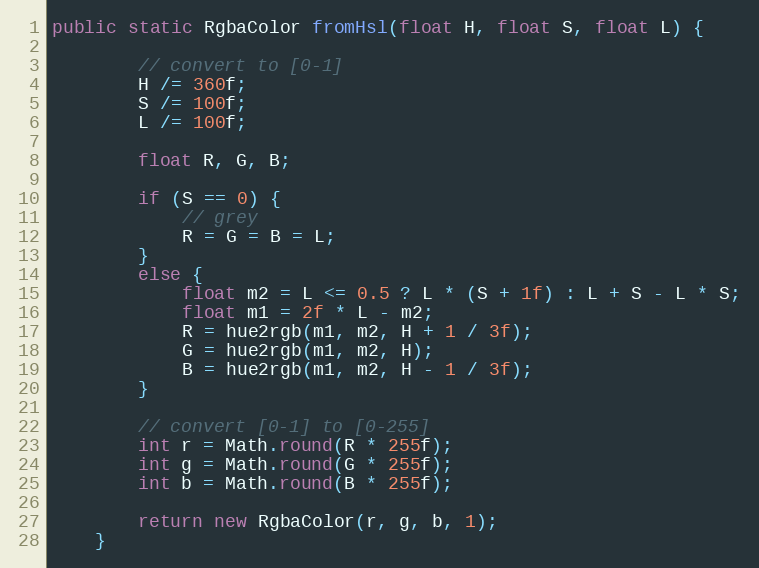
Language: Java
public static RgbaColor fromHsl(float H, float S, float L) {

        // convert to [0-1]
        H /= 360f;
        S /= 100f;
        L /= 100f;

        float R, G, B;

        if (S == 0) {
            // grey
            R = G = B = L;
        }
        else {
            float m2 = L <= 0.5 ? L * (S + 1f) : L + S - L * S;
            float m1 = 2f * L - m2;
            R = hue2rgb(m1, m2, H + 1 / 3f);
            G = hue2rgb(m1, m2, H);
            B = hue2rgb(m1, m2, H - 1 / 3f);
        }

        // convert [0-1] to [0-255]
        int r = Math.round(R * 255f);
        int g = Math.round(G * 255f);
        int b = Math.round(B * 255f);

        return new RgbaColor(r, g, b, 1);
    }